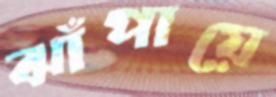
ঝাঁপায়ে